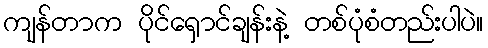
ကျန်တာက ပိုင်ရှောင်ချန်းနဲ့ တစ်ပုံစံတည်းပါပဲ။